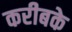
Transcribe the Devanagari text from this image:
करीबके